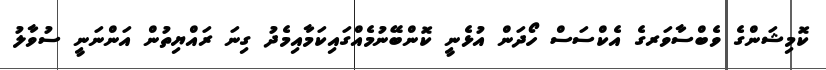
ކޮމިޝަންގެ ވެބްސާވަރގެ އެކްސަސް ހޯދަން އުޅެނީ ކޮންބޭނުމެއްގައިކަމާއިމެދު ގިނަ ރައްޔިތުން އަންނަނީ ސުވާލު